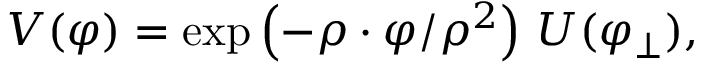
V ( \varphi ) = \exp \left( - \rho \cdot \varphi / \rho ^ { 2 } \right) \, U ( \varphi _ { \perp } ) ,